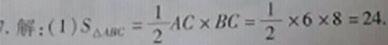
1. 解：(1) \(S_{\triangle ABC}=\frac{1}{2}AC\times BC=\frac{1}{2}\times6\times8 = 24\).